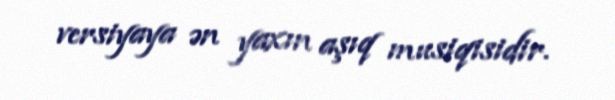
versiyaya ən yaxın aşıq musiqisidir.